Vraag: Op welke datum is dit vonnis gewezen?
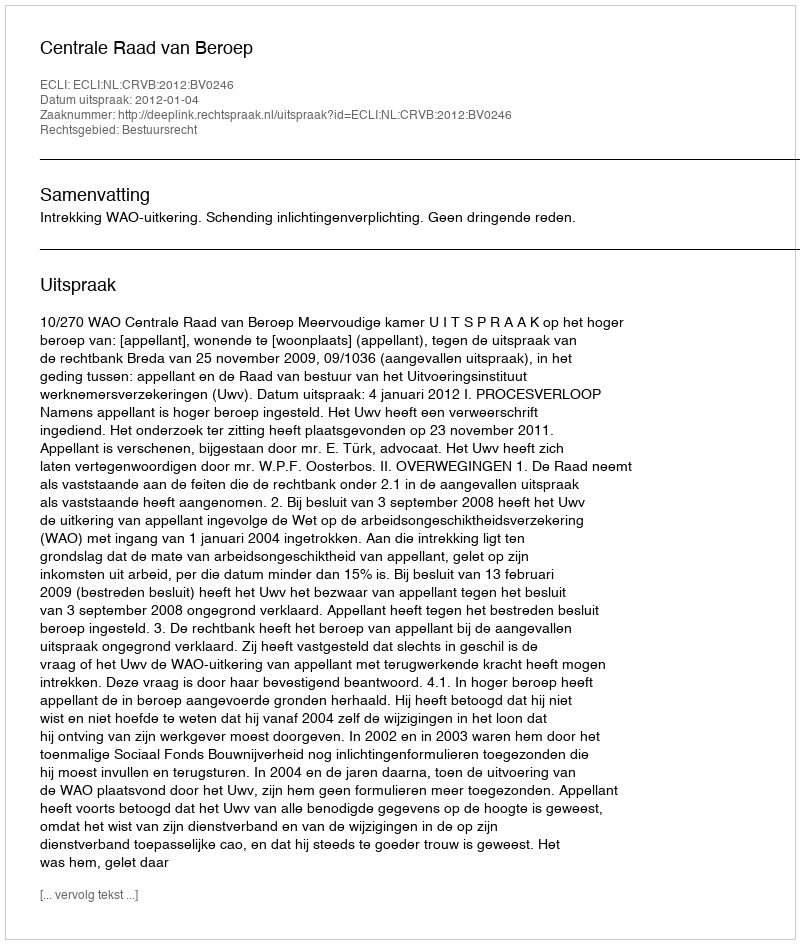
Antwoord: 2012-01-04